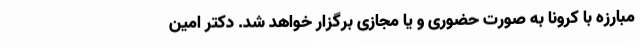
مبارزه با کرونا به صورت حضوری و یا مجازی برگزار خواهد شد. دکتر امین